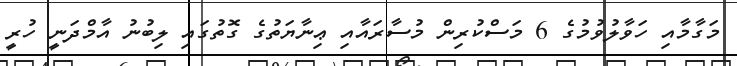
މަގާމާއި ހަވާލުވުމުގެ 6 މަސްކުރިން މުސާރައާއި ޢިނާޔަތުގެ ގޮތުގައި ލިބުނު އާމްދަނީ ހުރީ